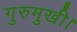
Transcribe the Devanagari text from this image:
गुरुमुखी।